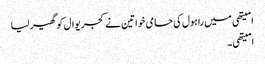
امیتھی میں راہول کی حامی خواتین نے کجریوال کو گھیر لیا
امیتھی ۔